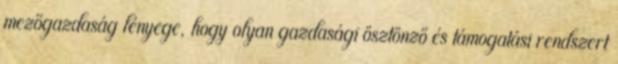
mezőgazdaság lényege, hogy olyan gazdasági ösztönző és támogatási rendszert